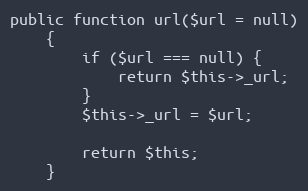
Language: PHP
public function url($url = null)
    {
        if ($url === null) {
            return $this->_url;
        }
        $this->_url = $url;

        return $this;
    }